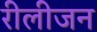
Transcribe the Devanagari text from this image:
रीलीजन